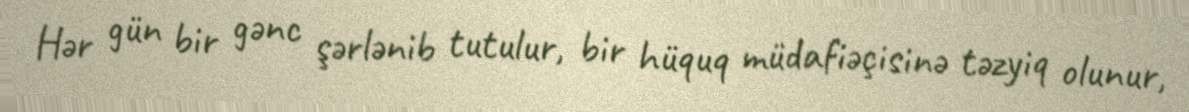
Hər gün bir gənc şərlənib tutulur, bir hüquq müdafiəçisinə təzyiq olunur,